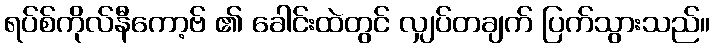
ရပ်စ်ကိုလ်နီကော့ဗ် ၏ ခေါင်းထဲတွင် လျှပ်တချက် ပြက်သွားသည်။